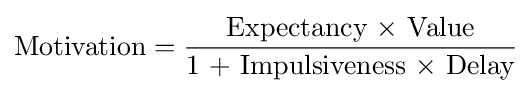
\mathrm {Motivation} ={\frac {\mbox{Expectancy × Value}}{\mbox{1 + Impulsiveness × Delay}}}